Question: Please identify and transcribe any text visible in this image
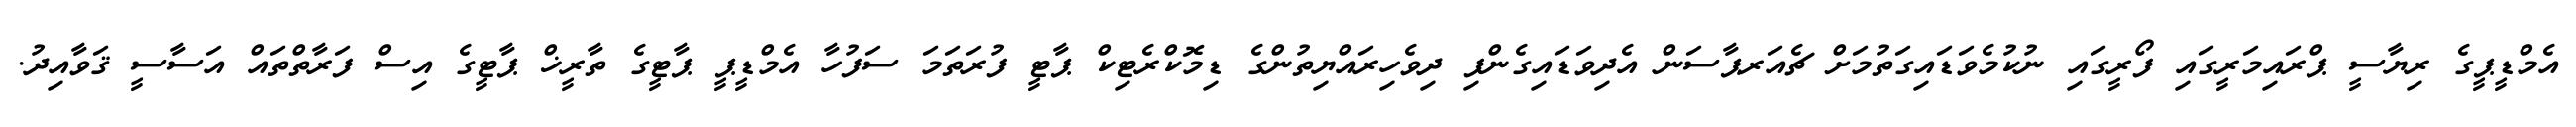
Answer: އެމްޑީޕީގެ ރިޔާސީ ޕްރައިމަރީގައި ފޯރީގައި ނުކުމެވަޑައިގަތުމަށް ޗެއަރޕާސަން އެދިވަޑައިގެންފި ދިވެހިރައްޔިތުންގެ ޑިމޮކްރެޓިކް ޕާޓީ ފުރަތަމަ ސަފުހާ އެމްޑީޕީ ޕާޓީގެ ތާރީޚް ޕާޓީގެ އިސް ފަރާތްތައް އަސާސީ ޤަވާއިދު.